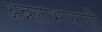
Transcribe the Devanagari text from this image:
अन्नलाभासाठी